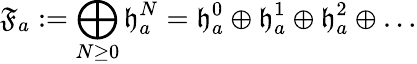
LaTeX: \mathfrak{F}_{a}:=\bigoplus_{N\ge 0}\mathfrak{h}_{a}^{N}=\mathfrak{h}_{a}^{0}\oplus\mathfrak{h}_{a}^{1}\oplus\mathfrak{h}_{a}^{2}\oplus\ldots